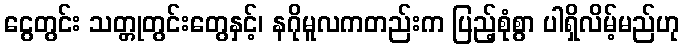
ငွေတွင်း သတ္တုတွင်းတွေနှင့်၊ နဂိုမူလကတည်းက ပြည့်စုံစွာ ပါရှိလိမ့်မည်ဟု